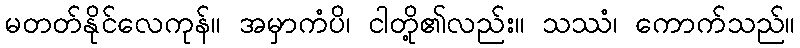
မတတ်နိုင်လေကုန်။ အမှာကံပိ၊ ငါတို့၏လည်း။ သဿံ၊ ကောက်သည်။